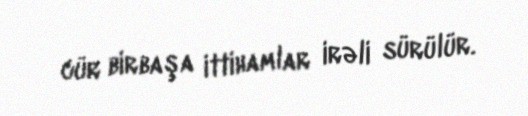
cür birbaşa ittihamlar irəli sürülür.